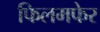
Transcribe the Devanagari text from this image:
फिलमफेर